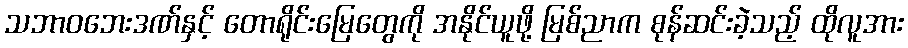
သဘာဝဘေးဒဏ်နှင့် တောရိုင်းမြေတွေကို အနိုင်ယူဖို့ မြစ်ညာက စုန်ဆင်းခဲ့သည့် ထိုလူအား